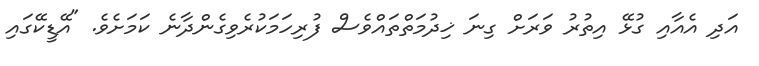
އަދި އެއާއި ގުޅޭ އިތުރު ވަރަށް ގިނަ ޚިދުމަތްތައްވެސް ފުރިހަމަކުރެވިގެންދާނެ ކަމަށެވެ. "އޭޑީކޭގައި